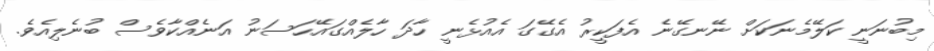
މިބުނަނީ ކަލޭމެނަކަށް ނޭނގޭނެ އެފަކީރު އެގޭގަ އެއުޅެނީ ހާދަ ހާލެއްގައޭހަސަނު އަނެއްކާވެސް ބުނެލިއެވެ.